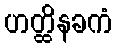
ဟတ္ထိနခကံ